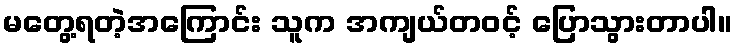
မတွေ့ရတဲ့အကြောင်း သူက အကျယ်တဝင့် ပြောသွားတာပါ။